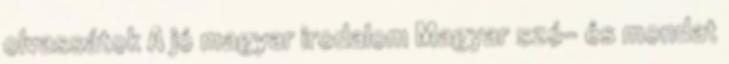
olvassátok A jó magyar irodalom Magyar szó- és mondat